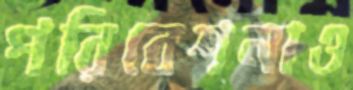
পরিবেশনাও